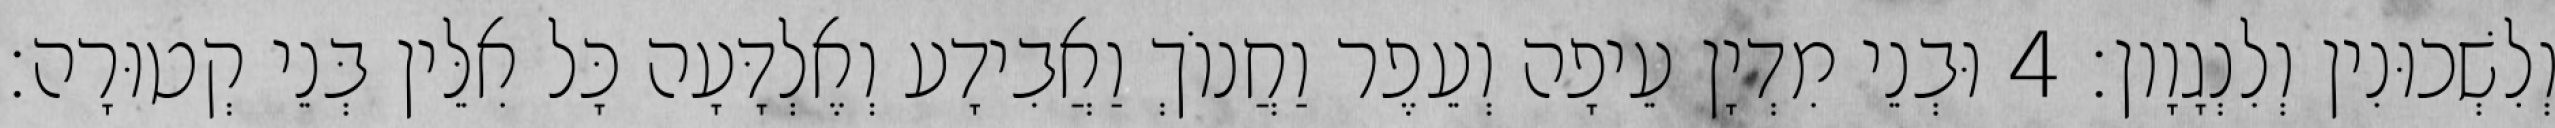
וְלִשְׁכוּנִין וְלִנְגָוָון׃ 4 וּבְנֵי מִדְיָן עֵיפָה וְעֵפֶר וַחֲנוֹךְ וַאֲבִידָע וְאֶלְדָּעָה כָּל אִלֵּין בְּנֵי קְטוּרָה׃